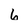
Character: 6